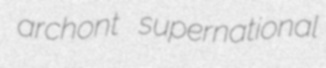
archont supernational